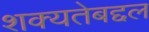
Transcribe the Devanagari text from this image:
शक्यतेबद्दल